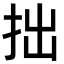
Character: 拙